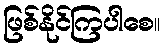
ဖြစ်နိုင်ကြပါစေ။